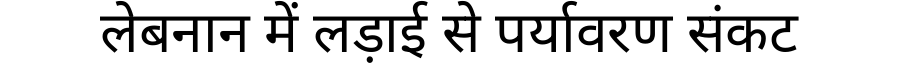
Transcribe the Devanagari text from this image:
लेबनान में लड़ाई से पर्यावरण संकट